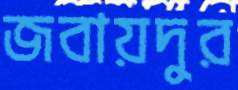
জবায়দুর